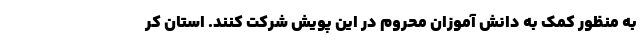
به منظور کمک به دانش آموزان محروم در این پویش شرکت کنند. استان کر